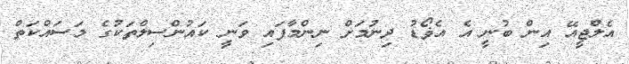
އެލްޖީއޭ އިން ބުނީ އެ އެޥޯޑު ދިނުމަށް ނިންމާފައި ވަނީ ކައުންސިލްތަކުގެ މަސައްކަތް